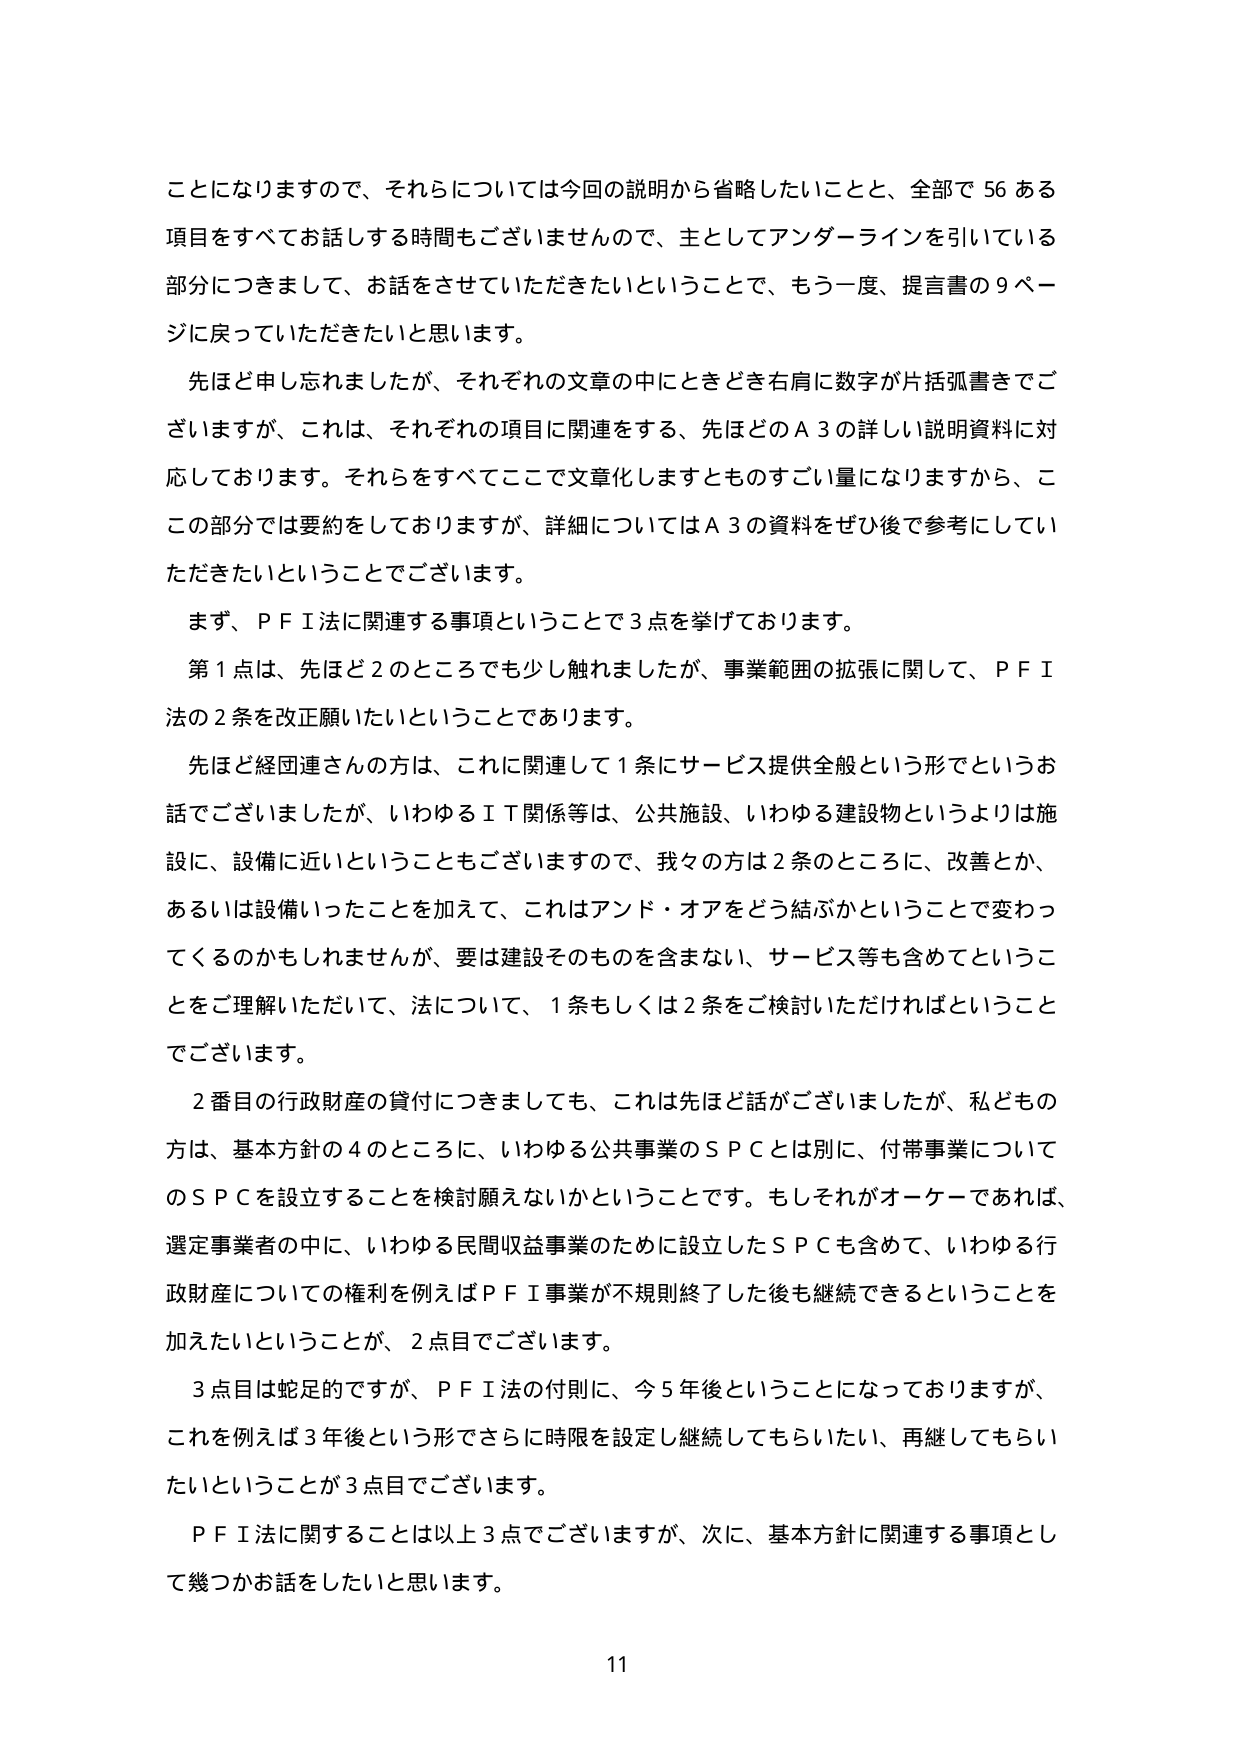
ことになりますので、それらについては今回の説明から省略したいことと、全部で 56 ある
項目をすべてお話する時間もございませんので、主としてアンダーラインを引いている
部分につきまして、お話をさせていただきたいということで、もう一度、提言書の 9 ペー
ジに戻っていただきたいと思います。
先ほど申し忘れましたが、それぞれの文章の中にときどき右肩に数字が片括弧書きでご
ざいますが、これは、それぞれの項目に関連する、先ほどのＡ３の詳しい説明資料に対
応しております。それらをすべてここで文章化しますとものすごい量になりますから、こ
この部分では要約をしておりますが、詳細についてはＡ３の資料をぜひ後で参考にしてい
ただきたいということでございます。
まず、ＰＦＩ法に関連する事項ということで３点を挙げております。
第１点は、先ほど２のところでも少し触れましたが、事業範囲の拡張に関して、ＰＦＩ
法の２条を改正願いたいということであります。
先ほど経団連さんの方は、これに関連して１条にサービス提供全般という形でというお
話でございましたが、いわゆるＩＴ関係等は、公共施設、いわゆる建設物というよりは施
設に、設備に近いということもございますので、我々の方は２条のところに、改善とか、
あるいは設備いったことを加えて、これはアンド・オアをどう結ぶかということで変わっ
てくるのかもしれませんが、要は建設そのものを含まない、サービス等も含めてというこ
とをご理解いただいて、法について、１条もしくは２条をご検討いただければということ
でございます。
２番目の行政財産の貸付につきましても、これは先ほど話がございましたが、私どもの
方は、基本方針の４のところに、いわゆる公共事業のＳＰＣとは別に、付帯事業について
のＳＰＣを設立することを検討願えないかということです。もしそれがオーケーであれば、
選定事業者の中に、いわゆる民間収益事業のために設立したＳＰＣも含めて、いわゆる行
政財産についての権利を例えばＰＦＩ事業が不規則終了した後も継続できるということを
加えたいということが、２点目でございます。
３点目は蛇足的ですが、ＰＦＩ法の付則に、今５年後ということになっておりますが、
これを例えば３年後という形でさらに時限を設定し継続してもらいたい、再継してもらいたいということが３点目でございます。
ＰＦＩ法に関することは以上３点でございますが、次に、基本方針に関連する事項とし
て幾つかお話をしたいと思います。
11